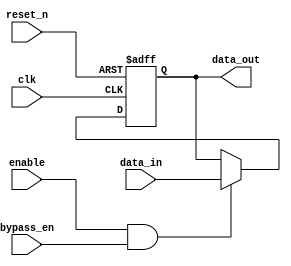
module simple_bypass_register(
    input wire clk,
    input wire reset_n,
    input wire enable,
    input wire bypass_en,
    input wire [31:0] data_in,
    output wire [31:0] data_out
);

reg [31:0] register;

always @(posedge clk or negedge reset_n) begin
    if (~reset_n) begin
        register <= 32'h0;
    end else begin
        if (enable && bypass_en) begin
            register <= data_in;
        end
    end
end

assign data_out = register;

endmodule